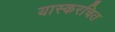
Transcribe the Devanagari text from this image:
यास्करचित